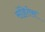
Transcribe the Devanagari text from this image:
संहितेस